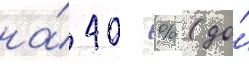
на́ 40 % (до́